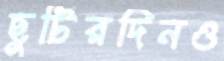
ছুটিরদিনও